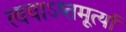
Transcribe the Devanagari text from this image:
त्वयाऽष्तमूर्त्या